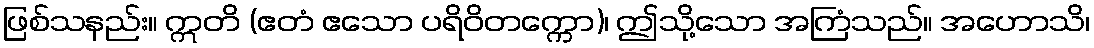
ဖြစ်သနည်း။ ဣတိ (ဧတံ ဧသော ပရိဝိတက္ကော)၊ ဤသို့သော အကြံသည်။ အဟောသိ၊